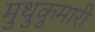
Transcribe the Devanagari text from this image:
मुथुकुमारी